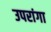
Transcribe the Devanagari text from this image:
उपरांगा